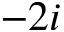
- 2 i